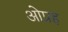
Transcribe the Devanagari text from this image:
ओप्रह